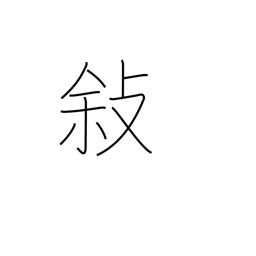
Meaning: relate